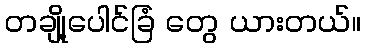
တချို့ပေါင်ခြံ တွေ ယားတယ်။